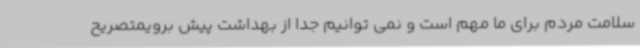
سلامت مردم برای ما مهم است و نمی توانیم جدا از بهداشت پیش برویمتصریح